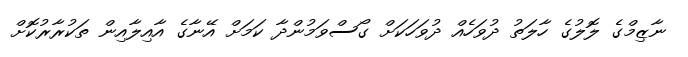
ނާޒިމްގެ ލޮލުގެ ހާލަތު ދުވަހެއް ދުވަހަކަށް ގޯސްވަމުންދާ ކަމަށް އޭނާގެ އާއިލާއިން ތަކުރާރުކޮށް